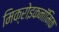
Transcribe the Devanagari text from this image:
मिक्रोइकनॉमिक